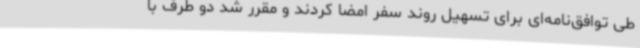
طی توافق‌نامه‌ای برای تسهیل روند سفر امضا کردند و مقرر شد دو طرف با